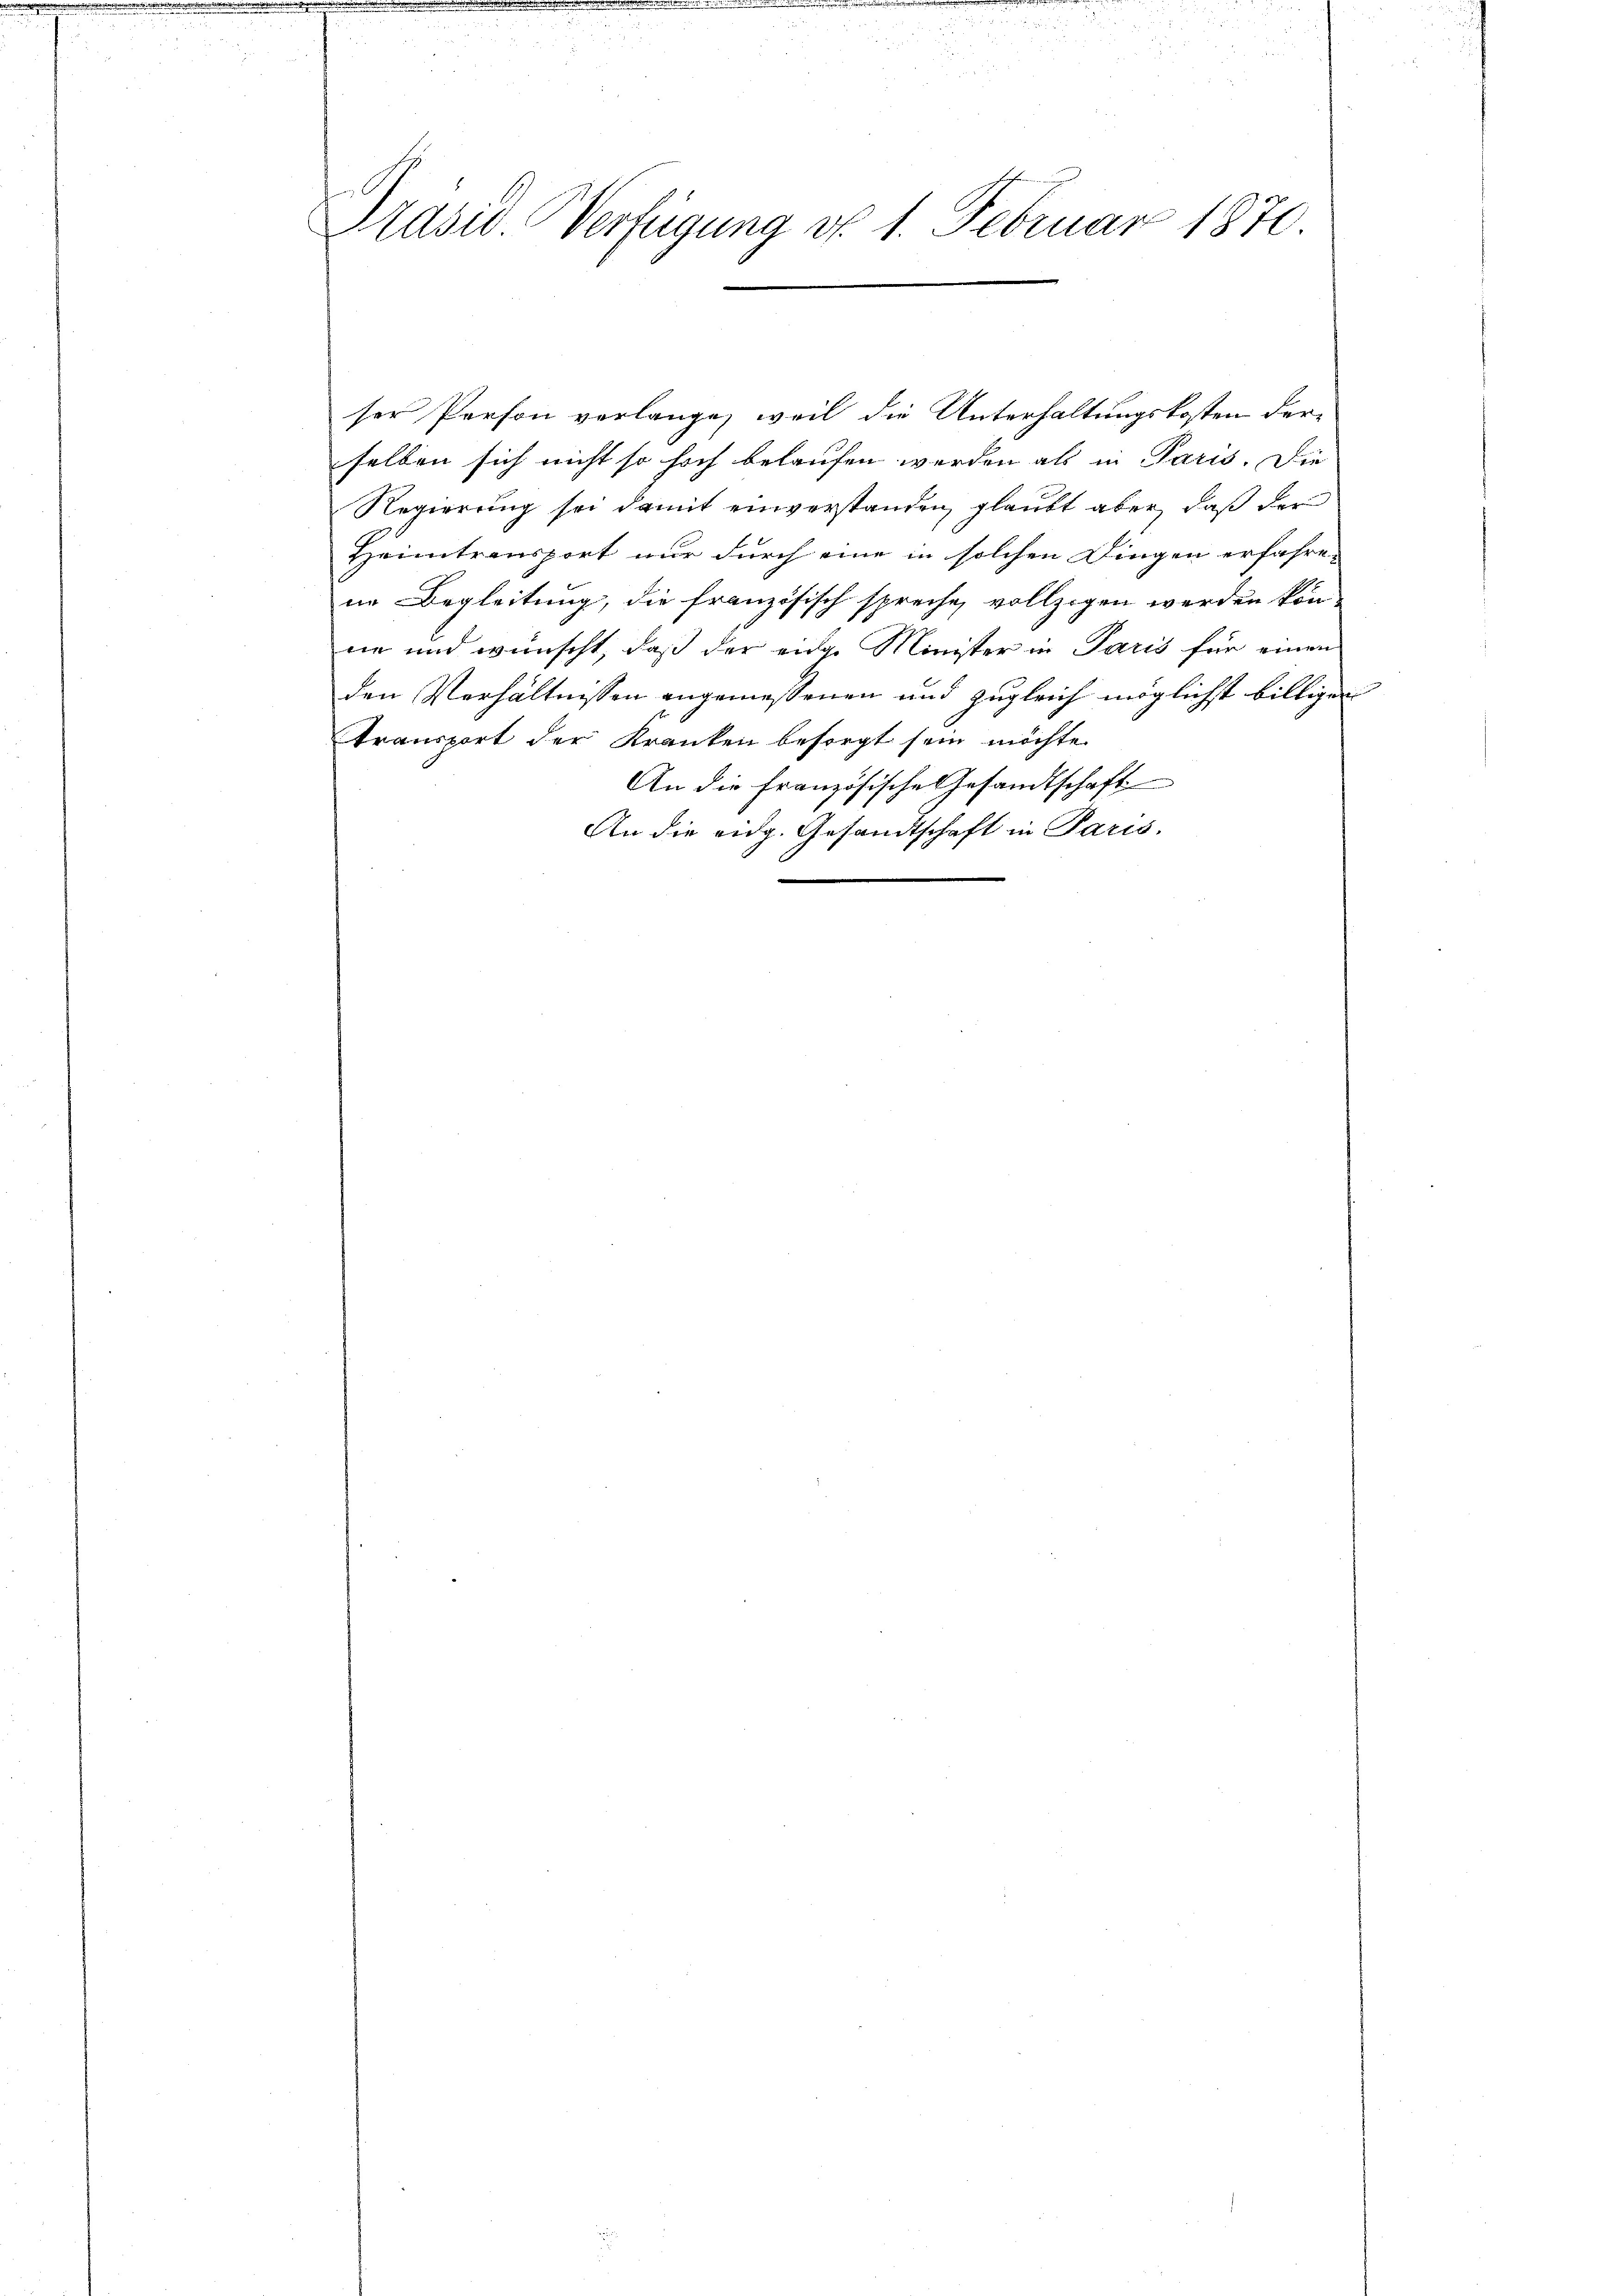
Präsid Verfügung d. 1. Februar 1870.

ser Person verlange, weil die Unterhaltungskosten der-
selben sich nicht so hoch belaufen werden als in Paris. Die
Regierung sei damit einverstanden, glaubt aber, daß der
Heimtransport nur durch eine in solchen Dingen erfahre-
ne Begleitung, die französisch spreche vollzogen werden könne und wünscht, daß der eidge Minister in Paris für einen
den Verhältnissen angemessenen und zugleich möglichst billigen
transport der Kranken besorgt sein möchte.
An die Französische Gesandtschaft
An die eidg. Gesandtschaft in Paris.